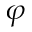
\varphi